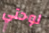
لوحتي